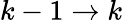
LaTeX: k-1\rightarrow k